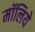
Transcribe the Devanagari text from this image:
मॉलिये